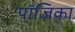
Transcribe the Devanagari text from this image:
पाँजिका